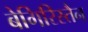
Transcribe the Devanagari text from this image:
बेगिरिस्तैन